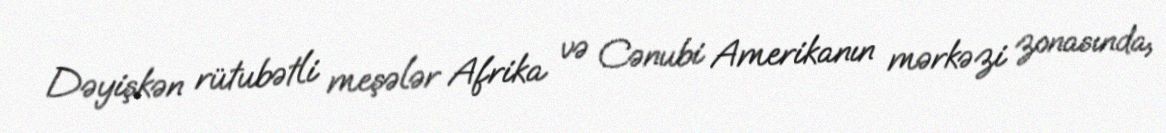
Dəyişkən rütubətli meşələr Afrika və Cənubi Amerikanın mərkəzi zonasında,